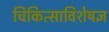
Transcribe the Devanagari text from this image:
चिकित्साविशेषज्ञ